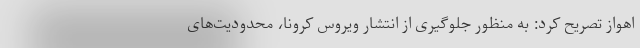
اهواز تصریح کرد: به منظور جلوگیری از انتشار ویروس کرونا، محدودیت‌های